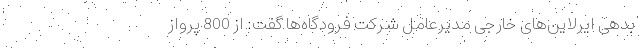
بدهی ایرلاین‌های خارجی مدیرعامل شرکت فرودگاه‌ها گفت: از 800 پرواز